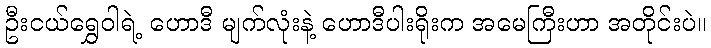
ဦးငယ်ရွှေဝါရဲ့ ဟောဒီ မျက်လုံးနဲ့ ဟောဒီပါးရိုးက အမေကြီးဟာ အတိုင်းပဲ။